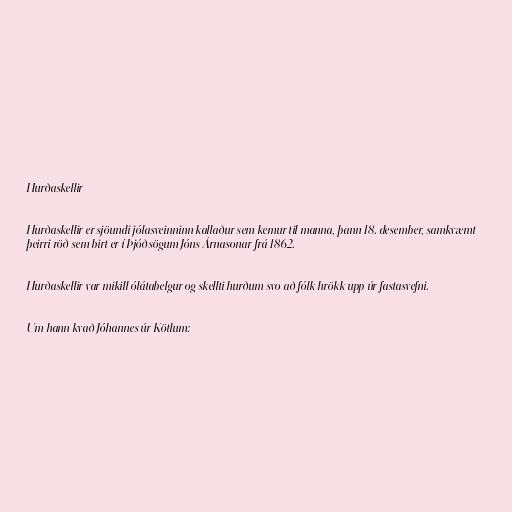
Hurðaskellir

Hurðaskellir er sjöundi jólasveinninn kallaður sem kemur til manna, þann 18. desember, samkvæmt
þeirri röð sem birt er í Þjóðsögum Jóns Árnasonar frá 1862.

Hurðaskellir var mikill ólátabelgur og skellti hurðum svo að fólk hrökk upp úr fastasvefni.

Um hann kvað Jóhannes úr Kötlum: